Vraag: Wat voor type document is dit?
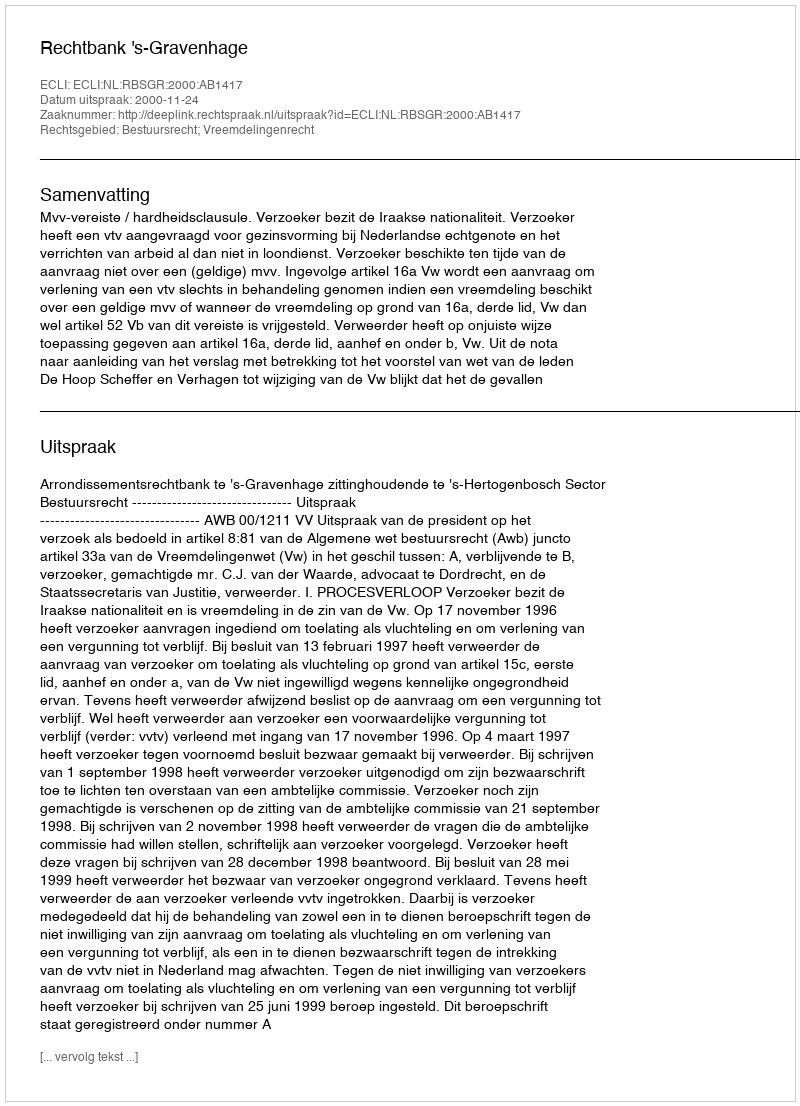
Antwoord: Uitspraak